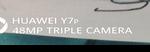
Signature authenticity: forged